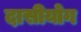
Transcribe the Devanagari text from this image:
दासीयोग